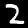
Digit: 2